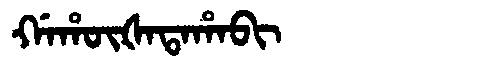
Manchu: ᡤᠠᡥᡡᡧᠠᡨᠠᡥᠠᠪᡳ
Romanization: GAHŪŠATAHABI